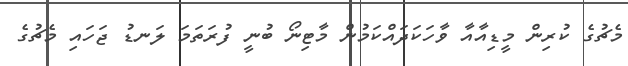
މެޗުގެ ކުރިން މީޑިއާއާ ވާހަކަދައްކަމުން މާޓިނޯ ބުނީ ފުރަތަމަ ލަނޑު ޖަހައި މެޗުގެ